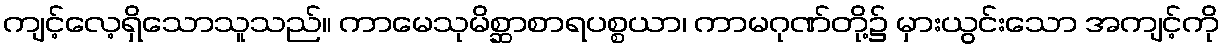
ကျင့်လေ့ရှိသောသူသည်။ ကာမေသုမိစ္ဆာစာရပစ္စယာ၊ ကာမဂုဏ်တို့၌ မှားယွင်းသော အကျင့်ကို